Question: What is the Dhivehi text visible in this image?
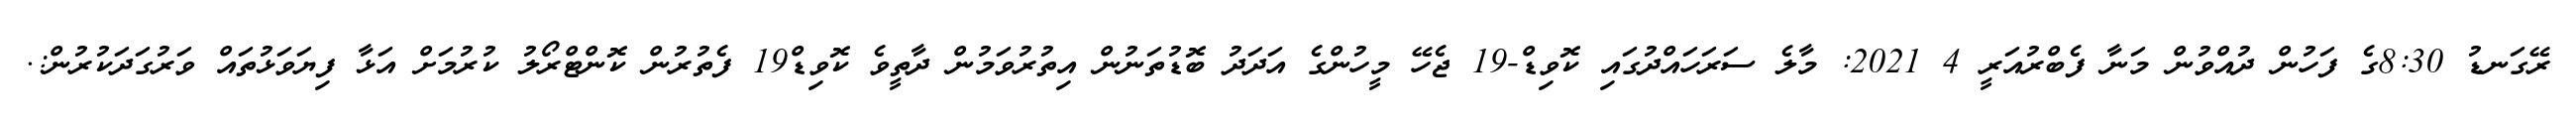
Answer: ރޭގަނޑު 8:30ގެ ފަހުން ދުއްވުން މަނާ ފެބްރުއަރީ 4 2021: މާލެ ސަރަހައްދުގައި ކޮވިޑް-19 ޖެހޭ މީހުންގެ އަދަދު ބޮޑުތަނުން އިތުރުވަމުން ދާތީވެ ކޮވިޑް19 ފެތުރުން ކޮންޓްރޯލު ކުރުމަށް އަޅާ ފިޔަވަޅުތައް ވަރުގަދަކުރުން:.